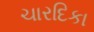
ચારદિકા